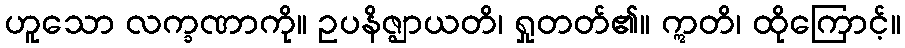
ဟူသော လက္ခဏာကို။ ဥပနိဇ္ဈာယတိ၊ ရှုတတ်၏။ ဣတိ၊ ထိုကြောင့်။